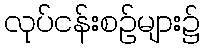
လုပ်ငန်းစဉ်များ၌